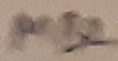
Text: MB2